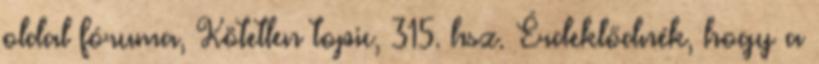
oldal fóruma, Kötetlen topic, 315. hsz. Érdeklődnék, hogy a